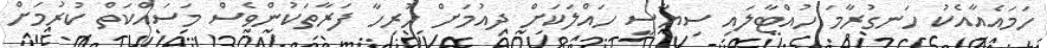
ހަމައެއާއެކު ހަނގުރާމަ ހުއްޓާލައި ސިޔާސީ ހައްލަކަށް ދިއުމަށް ހުރިހާ ފަރާތަކުންވެސް މަސައްކަތް ކުރުމަށް